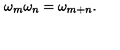
\omega _ { m } \omega _ { n } = \omega _ { m + n } .